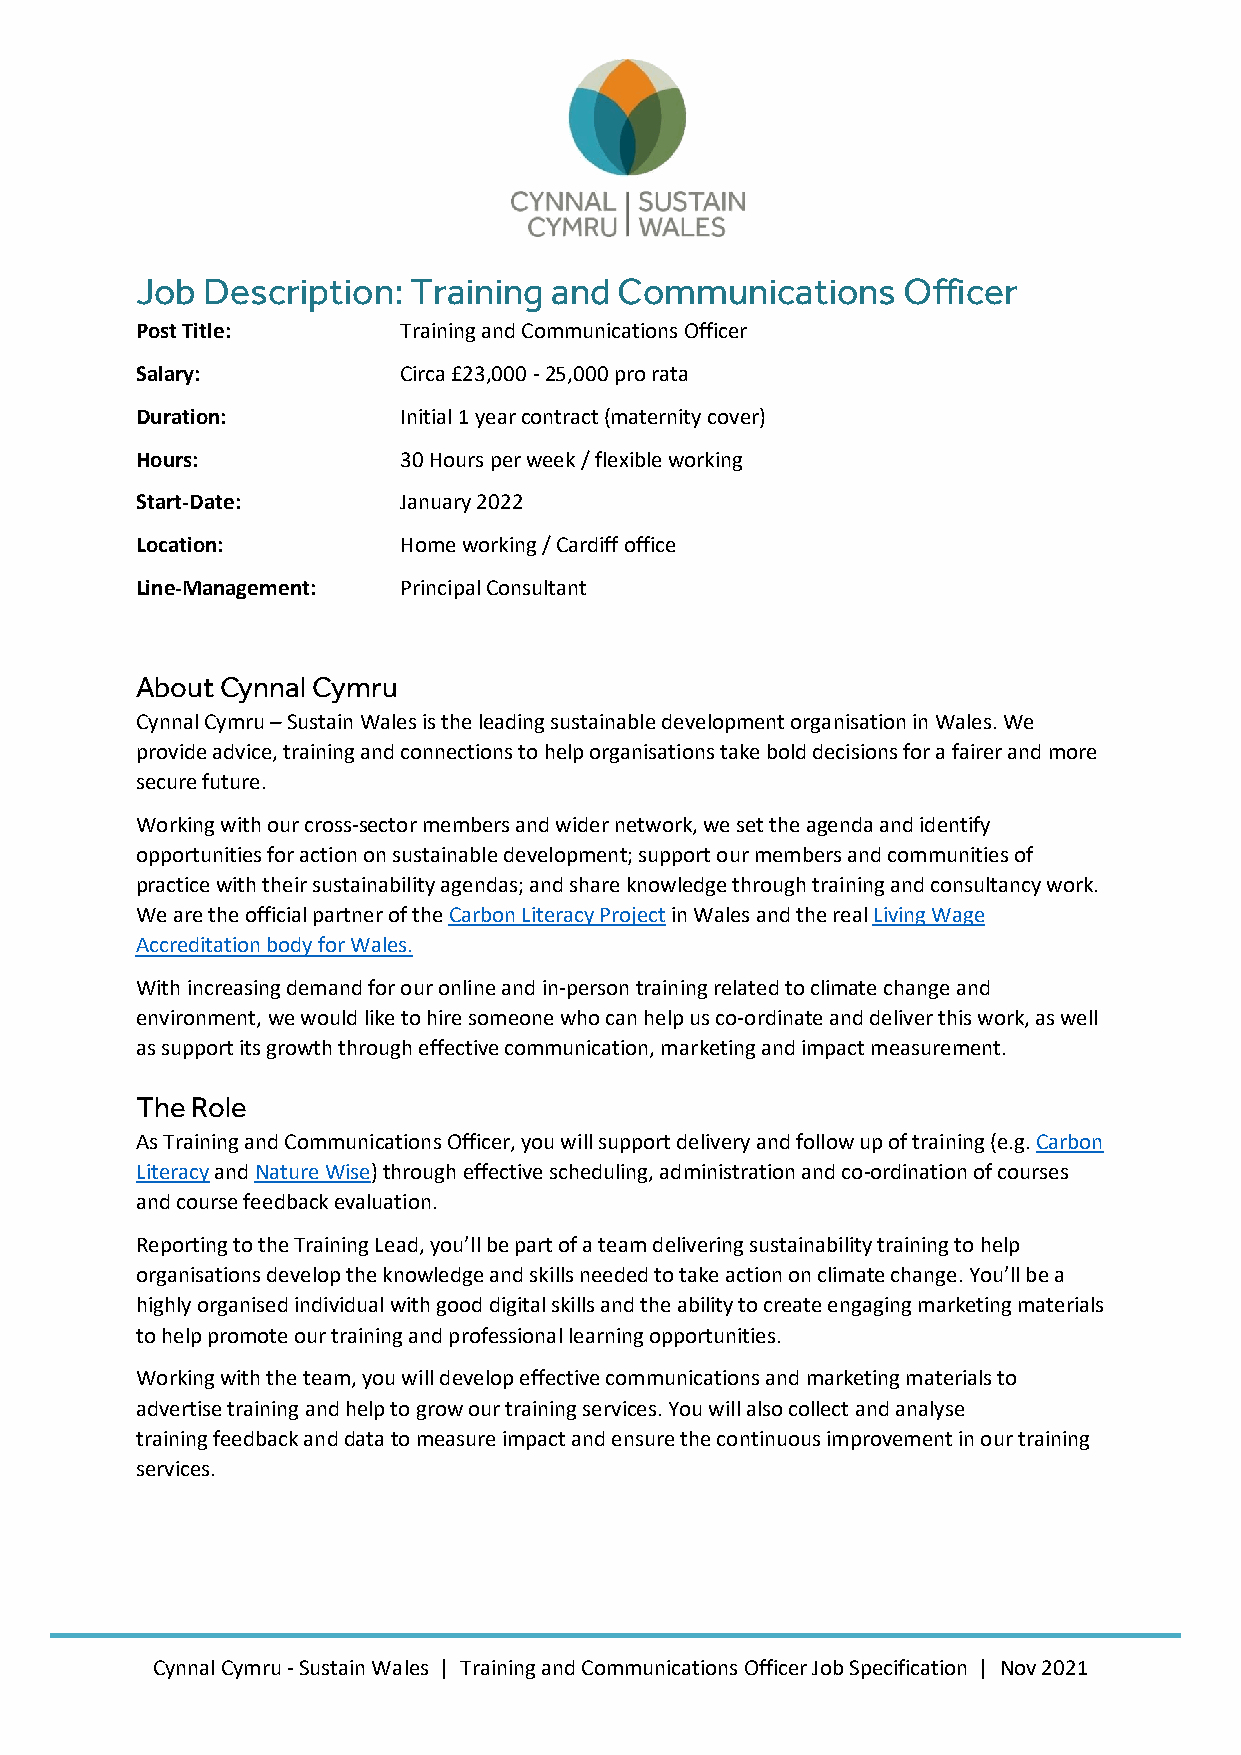
Job Description:  Training and  Communications     Officer
 Post Title:      Training and Communications Officer
 Salary:          Circa £23,000 - 25,000 pro rata
 Duration:        Initial 1 year contract (maternity cover)
 Hours:           30 Hours per week / flexible working
 Start-Date:      January 2022
 Location:        Home working / Cardiff office
 Line-Management: Principal Consultant
 About Cynnal Cymru
 Cynnal Cymru – Sustain Wales is the leading sustainable development organisation in Wales. We
 provide advice, training and connections to help organisations take bold decisions for a fairer and more
 secure future.
 Working with our cross-sector members and wider network, we set the agenda and identify
 opportunities for action on sustainable development; support our members and communities of
 practice with their sustainability agendas; and share knowledge through training and consultancy work.
 We are the official partner of the Carbon Literacy Project in Wales and the real Living Wage
 Accreditation body for Wales.
 With increasing demand for our online and in-person training related to climate change and
 environment, we would like to hire someone who can help us co-ordinate and deliver this work, as well
 as support its growth through effective communication, marketing and impact measurement.
 The Role
 As Training and Communications Officer, you will support delivery and follow up of training (e.g. Carbon
 Literacy and Nature Wise) through effective scheduling, administration and co-ordination of courses
 and course feedback evaluation.
 Reporting to the Training Lead, you’ll be part of a team delivering sustainability training to help
 organisations develop the knowledge and skills needed to take action on climate change. You’ll be a
 highly organised individual with good digital skills and the ability to create engaging marketing materials
 to help promote our training and professional learning opportunities.
 Working with the team, you will develop effective communications and marketing materials to
 advertise training and help to grow our training services. You will also collect and analyse
 training feedback and data to measure impact and ensure the continuous improvement in our training
 services.
 Cynnal Cymru - Sustain Wales | Training and Communications Officer Job Specification | Nov 2021